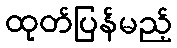
ထုတ်ပြန်မည့်